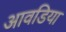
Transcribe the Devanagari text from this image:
आवडिया